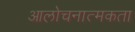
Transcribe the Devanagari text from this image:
आलोचनात्मकता